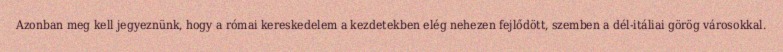
Azonban meg kell jegyeznünk, hogy a római kereskedelem a kezdetekben elég nehezen fejlődött, szemben a dél-itáliai görög városokkal.